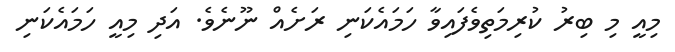
މިއީ މި ބިރު ކުރިމަތިވެފައިވާ ހަމައެކަނި ރަށެއް ނޫނެވެ. އަދި މިއީ ހަމައެކަނި